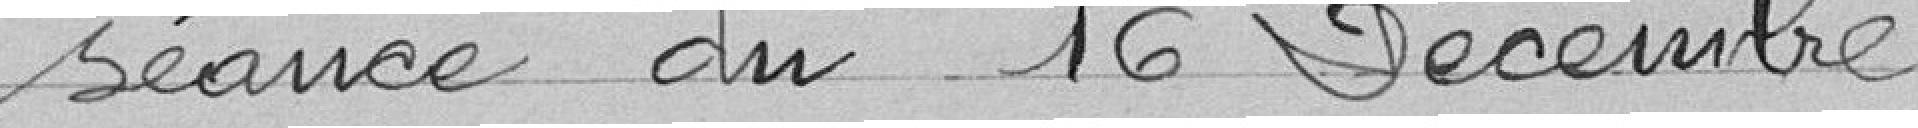
séance du 16 Décembre